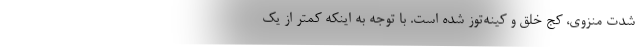
شدت منزوی، کج خلق و کینه‌توز شده است. با توجه به اینکه کمتر از یک